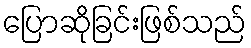
ပြောဆိုခြင်းဖြစ်သည်